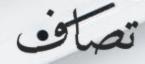
تصاف